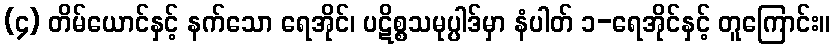
(၄) တိမ်ယောင်နှင့် နက်သော ရေအိုင်၊ ပဋိစ္စသမုပ္ပါဒ်မှာ နံပါတ် ၁-ရေအိုင်နှင့် တူကြောင်း။